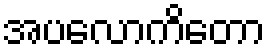
အပလောကိတော